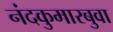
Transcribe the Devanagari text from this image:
नंदकुमारबुवा